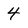
Character: 4